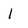
Character: 1